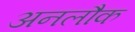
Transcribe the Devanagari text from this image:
अनलौक